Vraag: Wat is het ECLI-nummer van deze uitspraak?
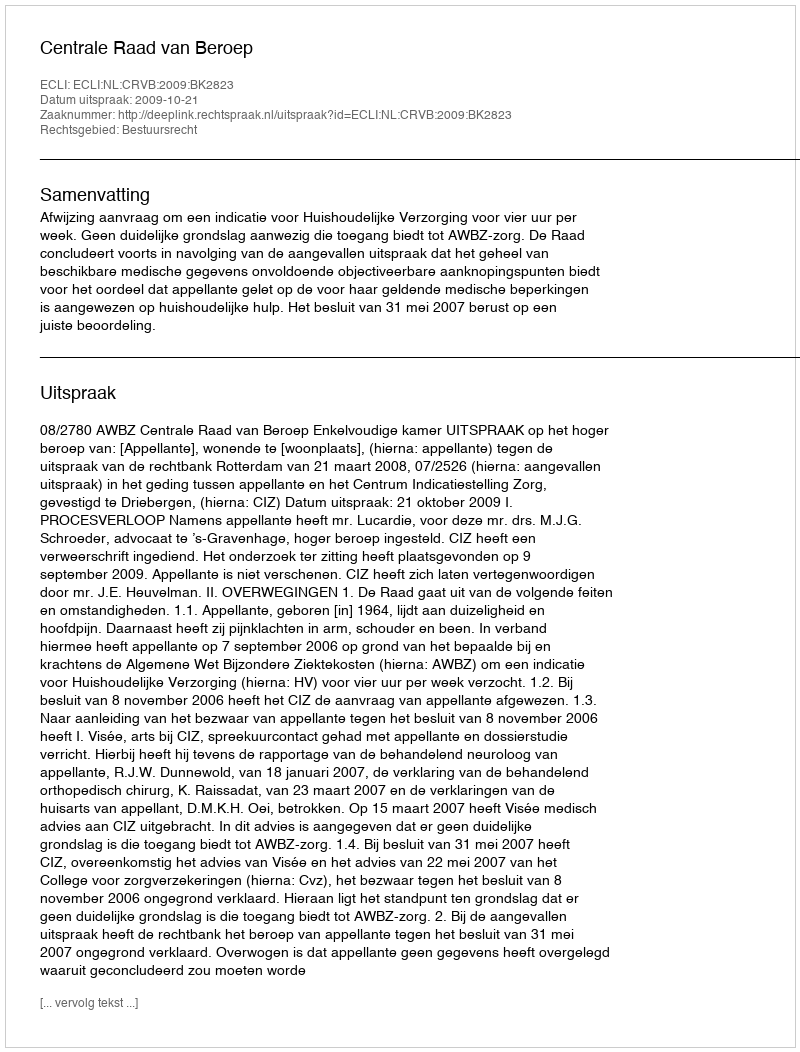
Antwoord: ECLI:NL:CRVB:2009:BK2823